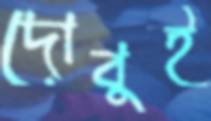
দোবুই